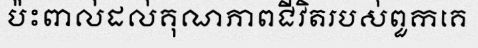
ប៉ះពាល់ដល់គុណភាពជីវិតរបស់ពួកគេ